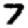
Digit: 7